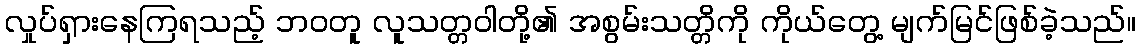
လှုပ်ရှားနေကြရသည့် ဘဝတူ လူသတ္တဝါတို့၏ အစွမ်းသတ္တိကို ကိုယ်တွေ့ မျက်မြင်ဖြစ်ခဲ့သည်။